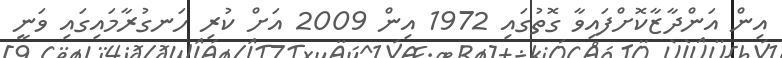
އިން އަންދާޒާކޮށްފައިވާ ގޮތުގައި 1972 އިން 2009 އަށް ކުރި ހަނގުރާމައިގައި ވަނީ